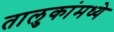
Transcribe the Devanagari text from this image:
तालुकांमध्ये